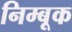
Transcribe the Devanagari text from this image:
निम्बूक